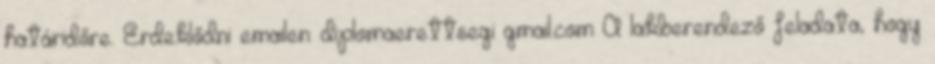
határidőre. Érdeklődni emailen: diplomaerettsegi gmail.com A lakberendező feladata, hogy